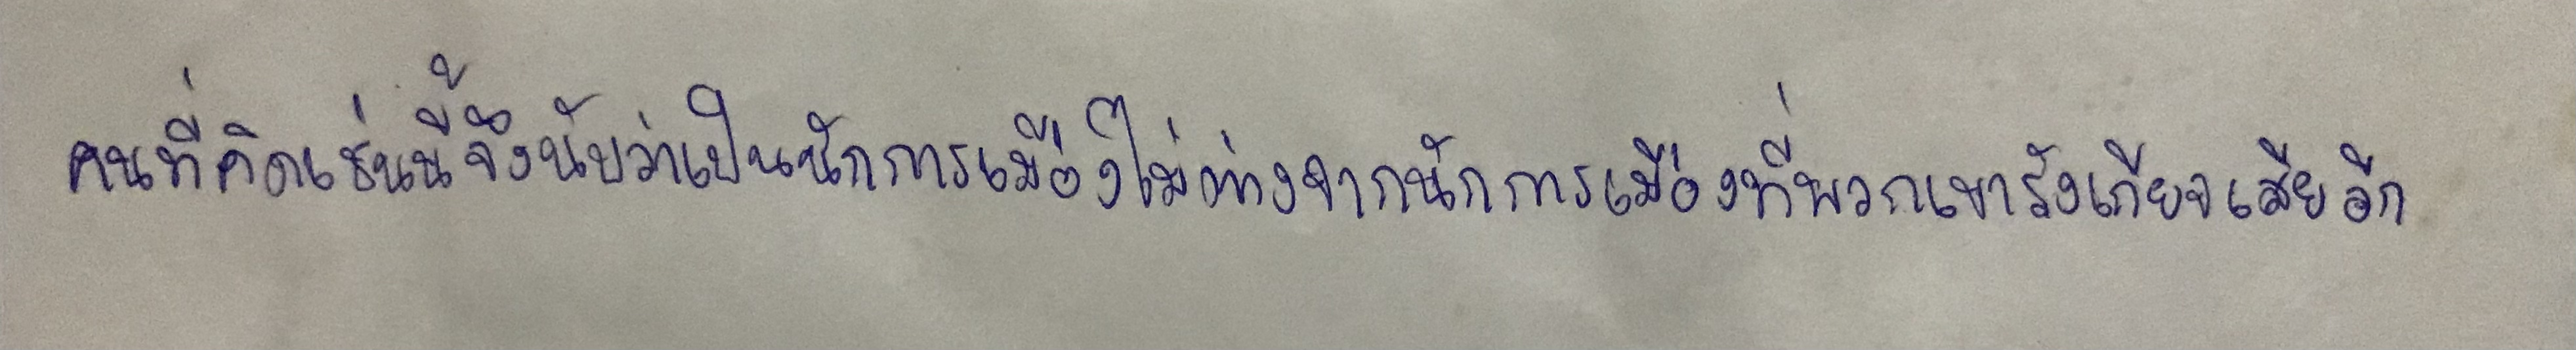
คนที่คิดเช่นนี้จึงนับว่าเป็นนักการเมืองไม่ต่างจากนักการเมืองที่พวกเขารังเกียจเสียอีก